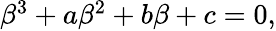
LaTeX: \begin{array}{r}{\beta^{3}+a\beta^{2}+b\beta+c=0,}\end{array}